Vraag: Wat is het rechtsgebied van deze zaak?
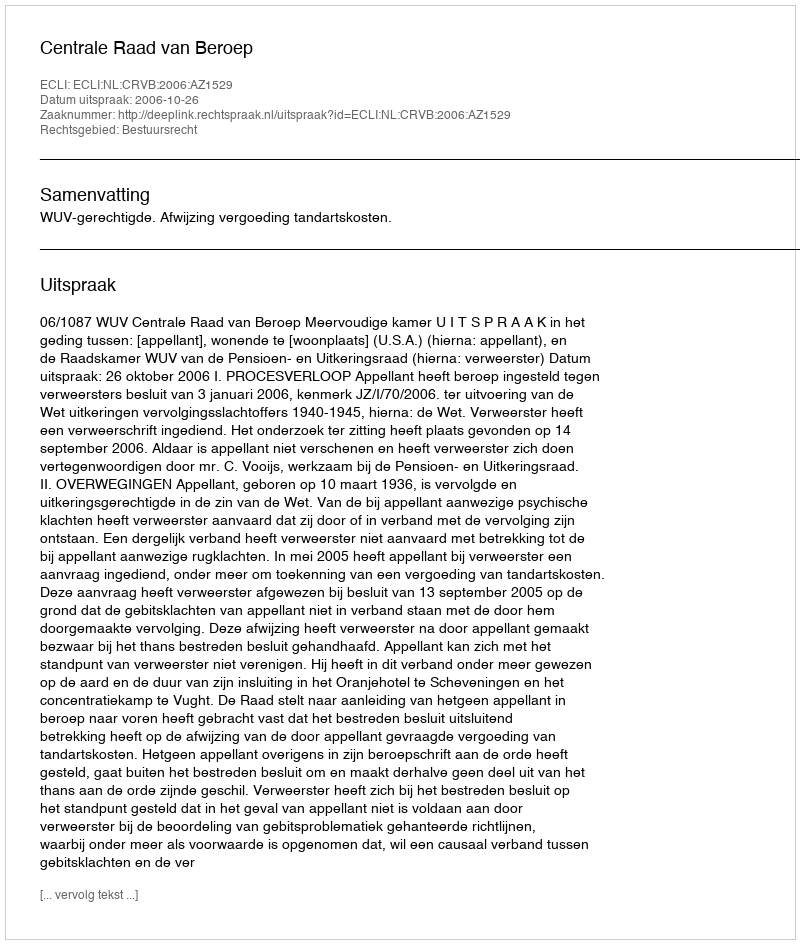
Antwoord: Bestuursrecht